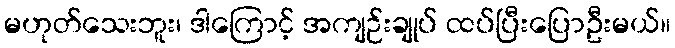
မဟုတ်သေးဘူး၊ ဒါကြောင့် အကျဉ်းချုပ် ထပ်ပြီးပြောဦးမယ်။